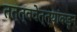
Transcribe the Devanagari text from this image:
तत्त्ववेत्त्यांकडून